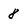
Character: 8